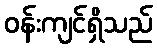
ဝန်းကျင်ရှိသည်